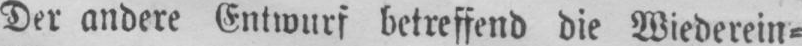
Der andere Entwurf betreffend die Wiederein⸗